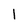
Character: 1